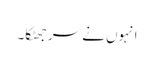
انہوں نے سر جھٹکا۔